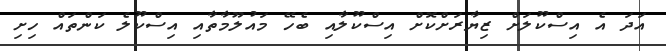
އަދަ އެ އިސްކޫލަށް ޒިޔާރަށްކޮށް އިސްކޫލާއި ބެހޭ މައުލޫމާތާއި އިސްކޫލެ ކަންތައް ހިށި